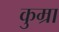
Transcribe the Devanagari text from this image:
कुम्रा